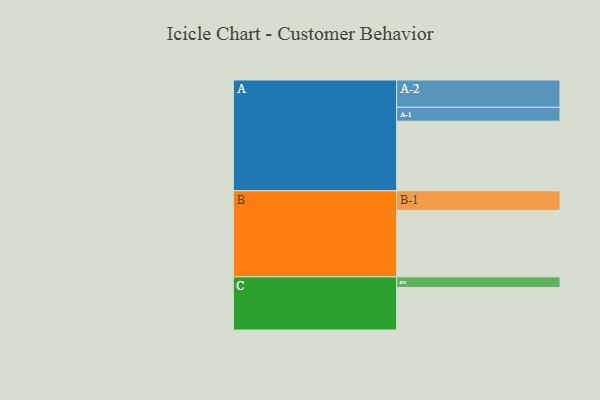
{"axis": {"x": "Segment", "y": "Value"}, "legend": ["", "A", "B", "C"], "data": [{"x": "A", "y": 564, "type": ""}, {"x": "B", "y": 539, "type": ""}, {"x": "C", "y": 345, "type": ""}, {"x": "A-1", "y": 113, "type": "A"}, {"x": "A-2", "y": 221, "type": "A"}, {"x": "B-1", "y": 159, "type": "B"}, {"x": "C-1", "y": 86, "type": "C"}]}